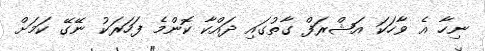
ނިހާ އެ ވާހަކަ އަޝްރަފް ގާތުގައި ދައްކާ ކޮންމެ ފަހަރަކު ނޭގޭ ކަމަށް